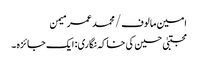
امین مالوف/ محمد عمر میمن
مجتبیٰ حسین کی خاکہ نگاری: ایک جائزہ ۔